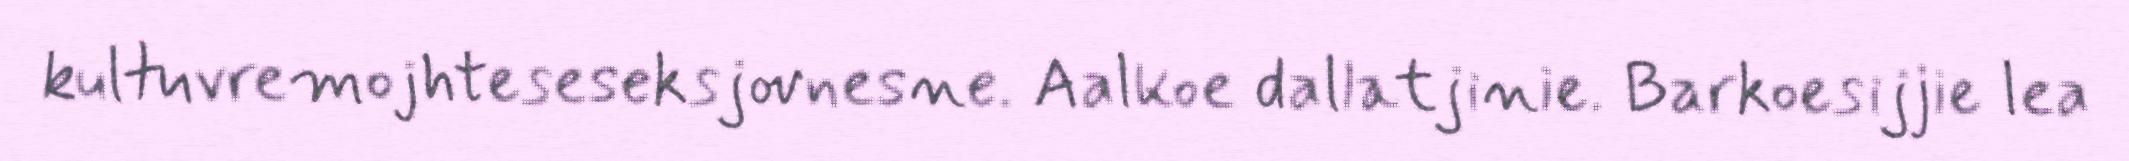
kultuvremojhteseseksjovnesne. Aalkoe dallatjinie. Barkoesijjie lea